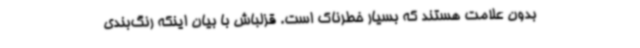
بدون علامت هستند که بسیار خطرناک است. قزلباش با بیان اینکه رنگ‌بندی